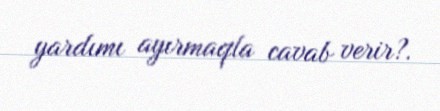
yardımı ayırmaqla cavab verir?.